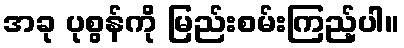
အခု ပုစွန်ကို မြည်းစမ်းကြည့်ပါ။